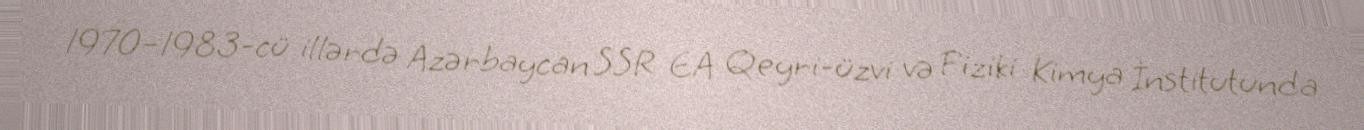
1970–1983-cü illərdə Azərbaycan SSR EA Qeyri-üzvi və Fiziki Kimya İnstitutunda